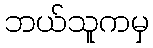
ဘယ်သူကမှ